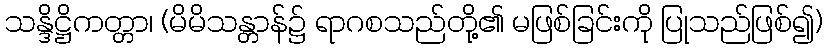
သန္ဒိဋ္ဌိကတ္တာ၊ (မိမိသန္တာန်၌ ရာဂစသည်တို့၏ မဖြစ်ခြင်းကို ပြုသည်ဖြစ်၍)